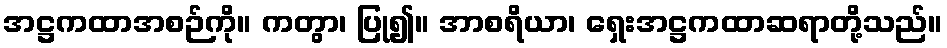
အဋ္ဌကထာအစဉ်ကို။ ကတွာ၊ ပြု၍။ အာစရိယာ၊ ရှေးအဋ္ဌကထာဆရာတို့သည်။